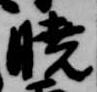
暁